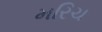
મરિચ